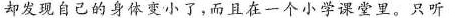
却发现自己的身体变小了，而且在一个小学课堂里，只听